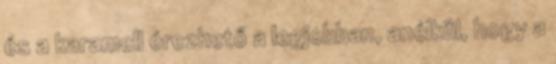
és a karamell érezhető a legjobban, anélkül, hogy a